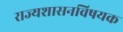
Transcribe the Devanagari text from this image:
राज्यशासनविषयक